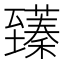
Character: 𫇑